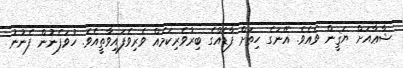
ޝާޢާއަށް ޔަޤީން ވެއެވެ. އޭނަގެ ހިތަށް ފާޑެއްގެ ބިރުވެރިކަމެއް ވެރިވެފައިވާތީއެވެ. ހުވަފެނުން ފެނުނު